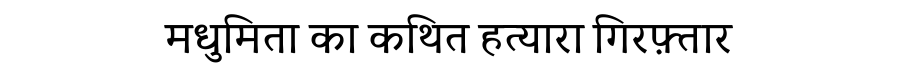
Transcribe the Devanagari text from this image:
मधुमिता का कथित हत्यारा गिरफ़्तार